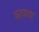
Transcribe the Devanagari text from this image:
पर्याया